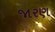
જારણ